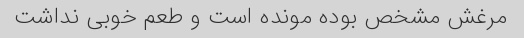
مرغش مشخص بوده مونده است و طعم خوبی نداشت